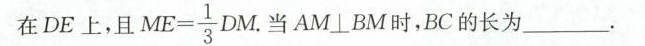
在DE上，且 $$M E = \frac { 1 } { 3 } D M$$ 当AM \bot BM时，BC的长为____.